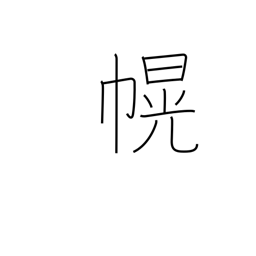
Meaning: canopy